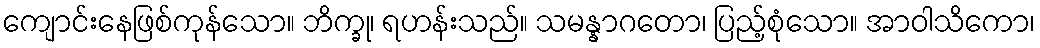
ကျောင်းနေဖြစ်ကုန်သော။ ဘိက္ခု၊ ရဟန်းသည်။ သမန္နာဂတော၊ ပြည့်စုံသော။ အာဝါသိကော၊